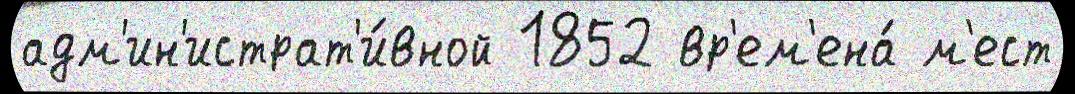
адм'ин'истрат'и́вной 1852 вр'ем'ена́ м'ест